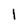
Character: l